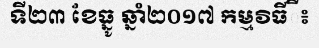
ទី២៣ ខែធ្នូ ឆ្នាំ២០១៧ កម្មវិធីី៖